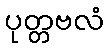
ပုတ္တဗလံ